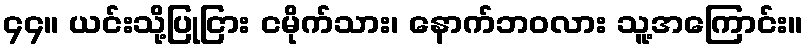
၄၄။ ယင်းသို့ပြုငြား ငမိုက်သား၊ နောက်ဘဝလား သူ့အကြောင်း။